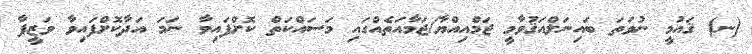
(ނ) ޤައުމީ ނުވަތަ ބައިނަލްއަޤުވާމީ ޖަމްއިއްޔާ/ޖަމާއަތެއްގައި މަސައްކަތް ކޮށްފައިވާ ނަމަ އަދާކޮށްފައިވާ ވަޒީފާ